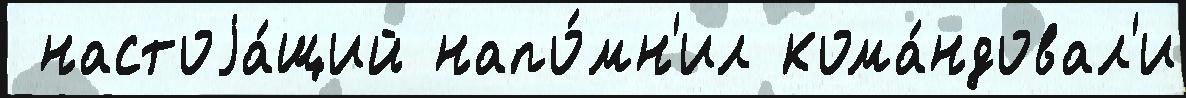
 настоjа́щий напо́мн'ил кома́ндовал'и